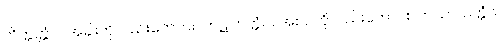
တိတ္တတ္တံဝါ၊ အခါးကိုလည်းကောင်း။ ကဋုကတ္တံဝါ၊ အစပ်ကိုလည်းကောင်း။ ကသာယတ္တံဝါ၊